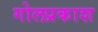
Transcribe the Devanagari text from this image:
गोलप्रकाश